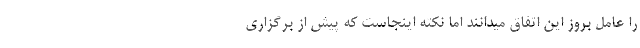
را عامل بروز این اتفاق میدانند اما نکته اینجاست که پیش از برگزاری